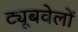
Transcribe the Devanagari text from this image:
ट्यूबवेलों